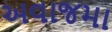
અવાજમા